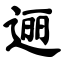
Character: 逦